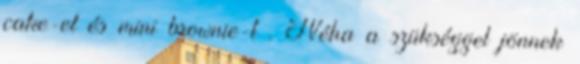
cake-et és mini brownie-t . Néha a szükséggel jönnek